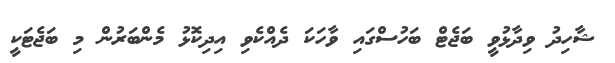
ޝާހިދު ވިދާޅުވީ ބަޖެޓް ބަހުސްގައި ވާހަކަ ދެއްކެވި އިދިކޮޅު މެންބަރުން މި ބަޖެޓަކީ